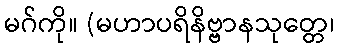
မဂ်ကို။ (မဟာပရိနိဗ္ဗာနသုတ္တေ၊